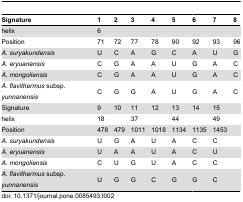
| Signature | 1 | 2 | 3 | 4 | 5 | 6 | 7 | 8 |
 | --- | --- | --- | --- | --- | --- | --- | --- | --- |
 | helix | <COLSPAN=8> 6 |
 | Position | 71 | 72 | 77 | 78 | 90 | 92 | 93 | 96 |
 | A. suryakundensis | U | C | A | G | C | A | U | G |
 | A. eryuanensis | C | G | A | A | U | G | A | C |
 | A. mongoliensis | C | G | A | A | U | G | A | C |
 | A. flavithermus subsp. yunnanensis | C | G | G | A | U | G | A | C |
 | Signature | 9 | 10 | 11 | 12 | 13 | 14 | 15 |  |
 | helix | <COLSPAN=2> 18 | <COLSPAN=2> 37 | <COLSPAN=2> 44 | 49 |  |
 | Position | 478 | 479 | 1011 | 1018 | 1134 | 1135 | 1453 |  |
 | A. suryakundensis | U | G | A | U | A | C | C |  |
 | A. eryuanensis | U | A | A | U | A | C | U |  |
 | A. mongoliensis | C | U | G | U | A | C | C |  |
 | A. flavithermus subsp. yunnanensis | U | G | G | C | G | G | C |  |